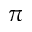
\pi